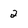
Character: 2